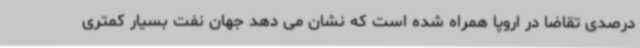
درصدی تقاضا در اروپا همراه شده است که نشان می دهد جهان نفت بسیار کمتری